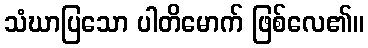
သံဃာပြသော ပါတိမောက် ဖြစ်လေ၏။